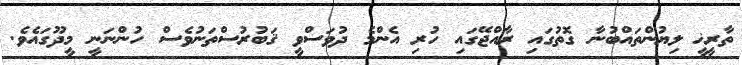
ތާރީޚީ ލިޔުންތައްބުނާ ގޮތުގައި ރާއްޖޭގައި ހުރި އެންމެ ދުވަސްވީ ޤަބުރުސްތަނުވެސް ހުންނަނީ މީދޫގައެވެ.